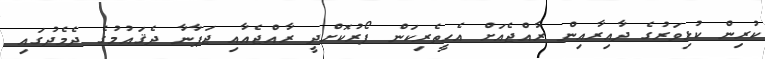
ކުރިން ކުޅިވަރުގެ ދާއިރާއިން ރާއްޖެއަށް އެހީތެރިކަން ފޯރުކޮށްދީ ރާއްޖެއާއި ޖަޕާނާ ދެޤައުމުގެ ދެމެދުގައި